Madras plague regulations and rules for the inspection of inward and outward bound vessels - Volume 2
Disease focus: Plague
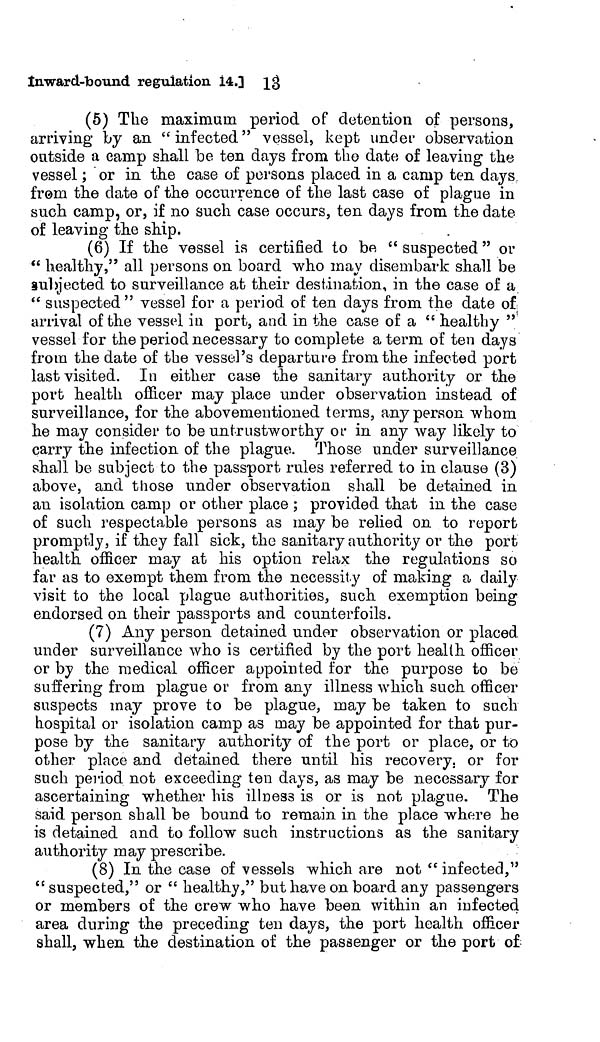
13
Inward-bound regulation 14.]
(5) The maximum period of detention of persons,
arriving by an "infected" vessel, kept under observation
outside a camp shall be ten days from the date of leaving the
vessel ; or in the case of persons placed in a camp ten days.
freni the date of the occurrence of the last case of plague in
such camp, or, if no such case occurs, ten days from the date
of leaving the ship.
(6) If the vessel is certified to be " suspected " or
" healthy," all persons on board who may disembark shall be
subjected to surveillance at their destination, in the case of a
" suspected" vessel for a period of ten days from the date of
arrival of the vessel iu port, and in the case of a " healthy "
vessel for the period necessary to complete a term of ten days
from the date of the vessel's departure from the infected port
last visited. In either case the sanitary authority or the
port health officer may place under observation instead of
surveillance, for the abovementioned terms, any person whom
he may consider to be untrustworthy or in any way likely to
carry the infection of the plague. Those under surveillance
shall be subject to the passport rules referred to in clause (3)
above, and those under observation shall be detained in
an isolation camp or other place ; provided that in the case
of such respectable persons as may be relied on to report
promptly, if they fall sick, the sanitary authority or the port
health officer may at his option relax the regulations so
far as to exempt them from the necessity of making a daily
visit to the local plague authorities, such exemption being
endorsed on their passports and counterfoils.
(7) Any person detained under observation or placed
under surveillance who is certified by the port health officer
or by the medical officer appointed for the purpose to be
suffering from plague or from any illness which such officer
suspects may prove to be plague, may be taken to such
hospital or isolation camp as may be appointed for that pur-
pose by the sanitary authority of the port or place, or to
other place and detained there until his recovery, or for
such period not exceeding ten days, as may be necessary for
ascertaining whether his illcess is or is not plague. The
said person shall be bound to remain in the place where he
is detained and to follow such instructions as the sanitary
authority may prescribe.
(8) In the case of vessels which are not " infected,"
" suspected," or " healthy," but have on board any passengers
or members of the crew who have been within an infected
area during the preceding ten days, the port health officer
shall, when the destination of the passenger or the port of